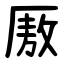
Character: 厫